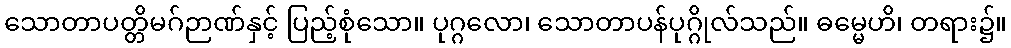
သောတာပတ္တိမဂ်ဉာဏ်နှင့် ပြည့်စုံသော။ ပုဂ္ဂလော၊ သောတာပန်ပုဂ္ဂိုလ်သည်။ ဓမ္မေဟိ၊ တရား၌။